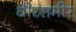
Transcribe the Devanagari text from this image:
धीरसमीर